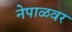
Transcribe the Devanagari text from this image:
नेपाळवर